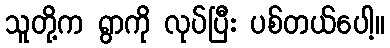
သူတို့က ရွာကို လုပ်ပြီး ပစ်တယ်ပေါ့။